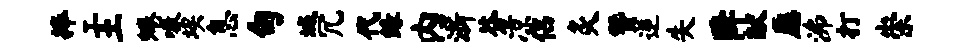
捧工土蜷嗷埃息句城冗代缘内浙芬凉侣灸赞逆失降献愿沸打崇